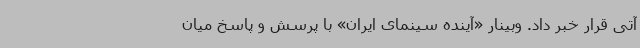
آتی قرار خبر داد. وبینار «آینده سینمای ایران» با پرسش و پاسخ میان